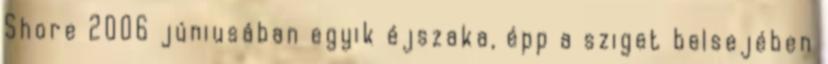
Shore 2006 júniusában egyik éjszaka, épp a sziget belsejében